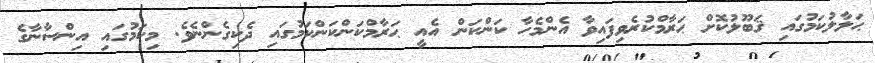
ޙަލާލުކަމުގައި ޤަބޫލުކޮށް ޙަރާމްކުރެވިފައިވާ އެންމެހާ ކަންކަން އެއީ ޙަރާމްކަންކަންކަމުގައި ދެކިގެންނެވެ. މިކަމުގައި އިންސާނާގެ